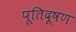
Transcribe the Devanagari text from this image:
पूतिदूषण